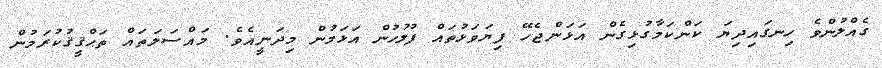
ގެއްލުންވެ ހިނގައިދިޔަ ކަންކަމާގުޅިގެން އަޅަންޖެހޭ ފިޔަވަޅުތައް ފުލުހުން އަޅަމުން މިދަނީއެވެ. މައްސަލަތައް ތަޙްޤީޤުކުރަމުން